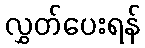
လွှတ်ပေးရန်